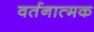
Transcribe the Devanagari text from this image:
वर्तनात्मक